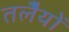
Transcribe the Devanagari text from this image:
तलेैयों